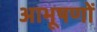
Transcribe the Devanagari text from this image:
आभूषणों